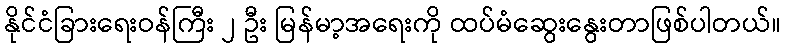
နိုင်ငံခြားရေးဝန်ကြီး ၂ ဦး မြန်မာ့အရေးကို ထပ်မံဆွေးနွေးတာဖြစ်ပါတယ်။